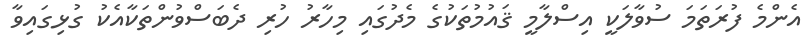
އެންމެ ފުރަތަމަ ސުވާލަކީ އިސްލާމީ ޤައުމުތަކުގެ މެދުގައި މިހާރު ހުރި ދެބަސްވުންތަކާއެކު ގުޅިގައިވާ